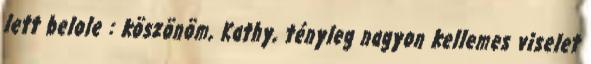
lett belole : köszönöm, Kathy, tényleg nagyon kellemes viselet